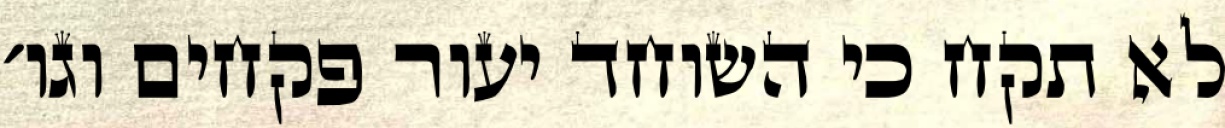
לא תקח כי השוחד יעור פקחים וגו׳